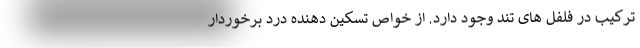
ترکیب در فلفل های تند وجود دارد. از خواص تسکین دهنده درد برخوردار